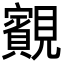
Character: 䚔